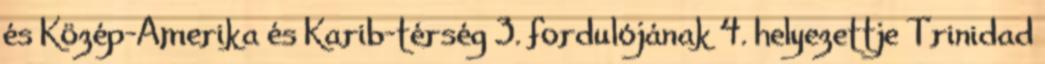
és Közép-Amerika és Karib-térség 3. fordulójának 4. helyezettje Trinidad